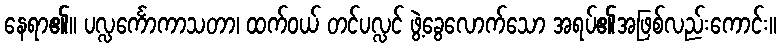
နေရာ၏။ ပလ္လင်္ကောကာသတာ၊ ထက်ဝယ် တင်ပလ္လင် ဖွဲ့ခွေလောက်သော အရပ်၏အဖြစ်လည်းကောင်း။